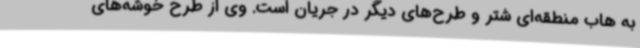
به هاب منطقه‌ای شتر و طرح‌های دیگر در جریان است. وی از طرح خوشه‌های